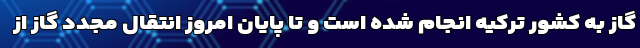
گاز به کشور ترکیه انجام شده است و تا پایان امروز انتقال مجدد گاز از